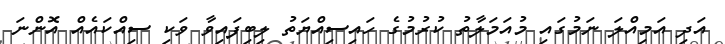
އަދި އަމިއްލަ ނަމުގައި މުއަމަލާތު ކުރުމުގެ ހައިސިއްޔަތު ލިބިފައިވާ ވަކި ސިއްކައެއް އޮންނަ